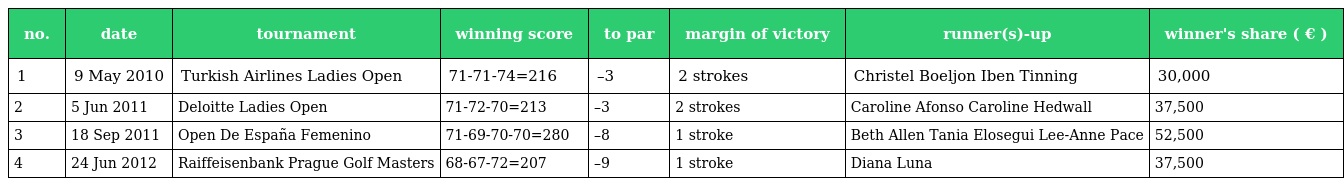
| no. | date | tournament | winning score | to par | margin of victory | runner(s)-up | winner's share ( € ) |
 | --- | --- | --- | --- | --- | --- | --- | --- |
 | 1 | 9 May 2010 | Turkish Airlines Ladies Open | 71-71-74=216 | –3 | 2 strokes | Christel Boeljon Iben Tinning | 30,000 |
 | 2 | 5 Jun 2011 | Deloitte Ladies Open | 71-72-70=213 | –3 | 2 strokes | Caroline Afonso Caroline Hedwall | 37,500 |
 | 3 | 18 Sep 2011 | Open De España Femenino | 71-69-70-70=280 | –8 | 1 stroke | Beth Allen Tania Elosegui Lee-Anne Pace | 52,500 |
 | 4 | 24 Jun 2012 | Raiffeisenbank Prague Golf Masters | 68-67-72=207 | –9 | 1 stroke | Diana Luna | 37,500 |